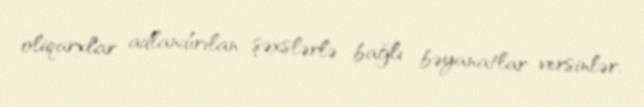
oliqarxlar adlandırılan şəxslərlə bağlı bəyanatlar versinlər.